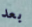
بعد